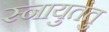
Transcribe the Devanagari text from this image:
स्नायुतंतु